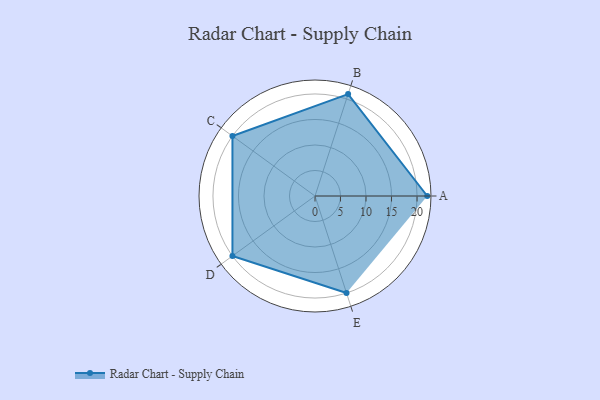
{"axis": {"x": "Skill", "y": "Score"}, "legend": ["Profile"], "data": [{"x": "A", "y": 22.0, "type": "Profile"}, {"x": "B", "y": 21.0, "type": "Profile"}, {"x": "C", "y": 20, "type": "Profile"}, {"x": "D", "y": 20, "type": "Profile"}, {"x": "E", "y": 20, "type": "Profile"}]}